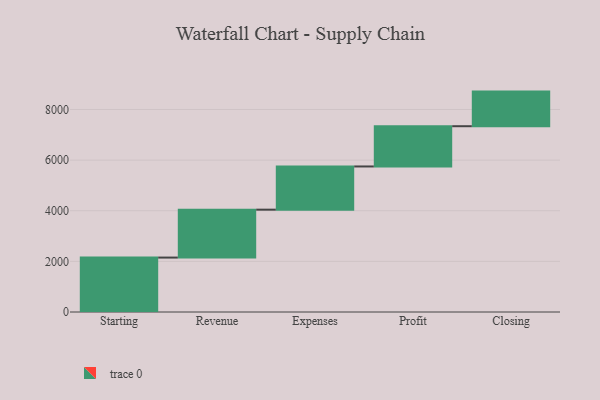
{"axis": {"x": "Step", "y": "Value"}, "legend": [""], "data": [{"x": "Starting", "y": 2150.0, "type": ""}, {"x": "Revenue", "y": 1892.0, "type": ""}, {"x": "Expenses", "y": 1707.0, "type": ""}, {"x": "Profit", "y": 1590.0, "type": ""}, {"x": "Closing", "y": 1367.0, "type": ""}]}